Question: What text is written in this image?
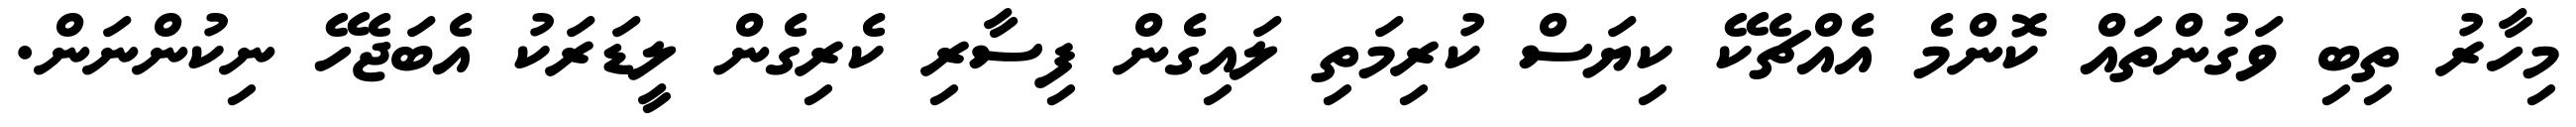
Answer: މިހާރު ތިބި ވަގުންތައް ކޮންމެ އެއްޗެކޭ ކިޔަސް ކުރިމަތި ލައިގެން ފިސާރި ކެރިގެން ލީޑަރަކު އެބަޖެހޭ ނިކުންނަން.